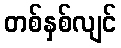
တစ်နှစ်လျင်